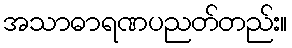
အသာဓာရဏပညတ်တည်း။